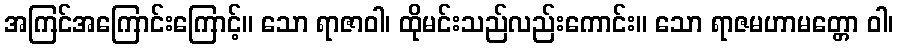
အကြင်အကြောင်းကြောင့်။ သော ရာဇာဝါ၊ ထိုမင်းသည်လည်းကောင်း။ သော ရာဇမဟာမတ္တော ဝါ၊